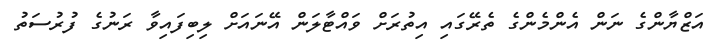
އަޒްޔާންގެ ނަން އެންމެންގެ ތެރޭގައި އިތުރަށް ވައްޓާލަން އޭނައަށް ލިބިފައިވާ ރަނުގެ ފުރުސަތު